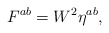
\begin{align*}{F}^{{a}b} = W^2 \eta^{{ a}b},\end{align*}